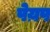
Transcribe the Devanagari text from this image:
पेय़प